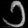
Digit: ၁